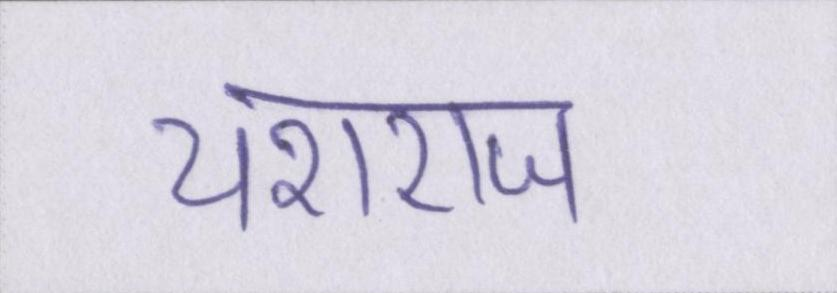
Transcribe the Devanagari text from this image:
यशराज